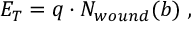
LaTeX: E _ { T } = q \cdot N _ { w o u n d } ( b ) \ ,